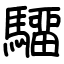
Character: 驑